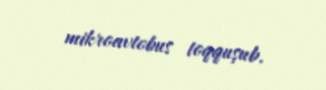
mikroavtobus toqquşub.